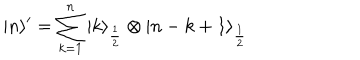
| n \rangle ^ { \prime } = \sum _ { k = 1 } ^ { n } | k \rangle _ { \frac { 1 } { 2 } } \otimes | n - k + 1 \rangle _ { \frac { 1 } { 2 } }